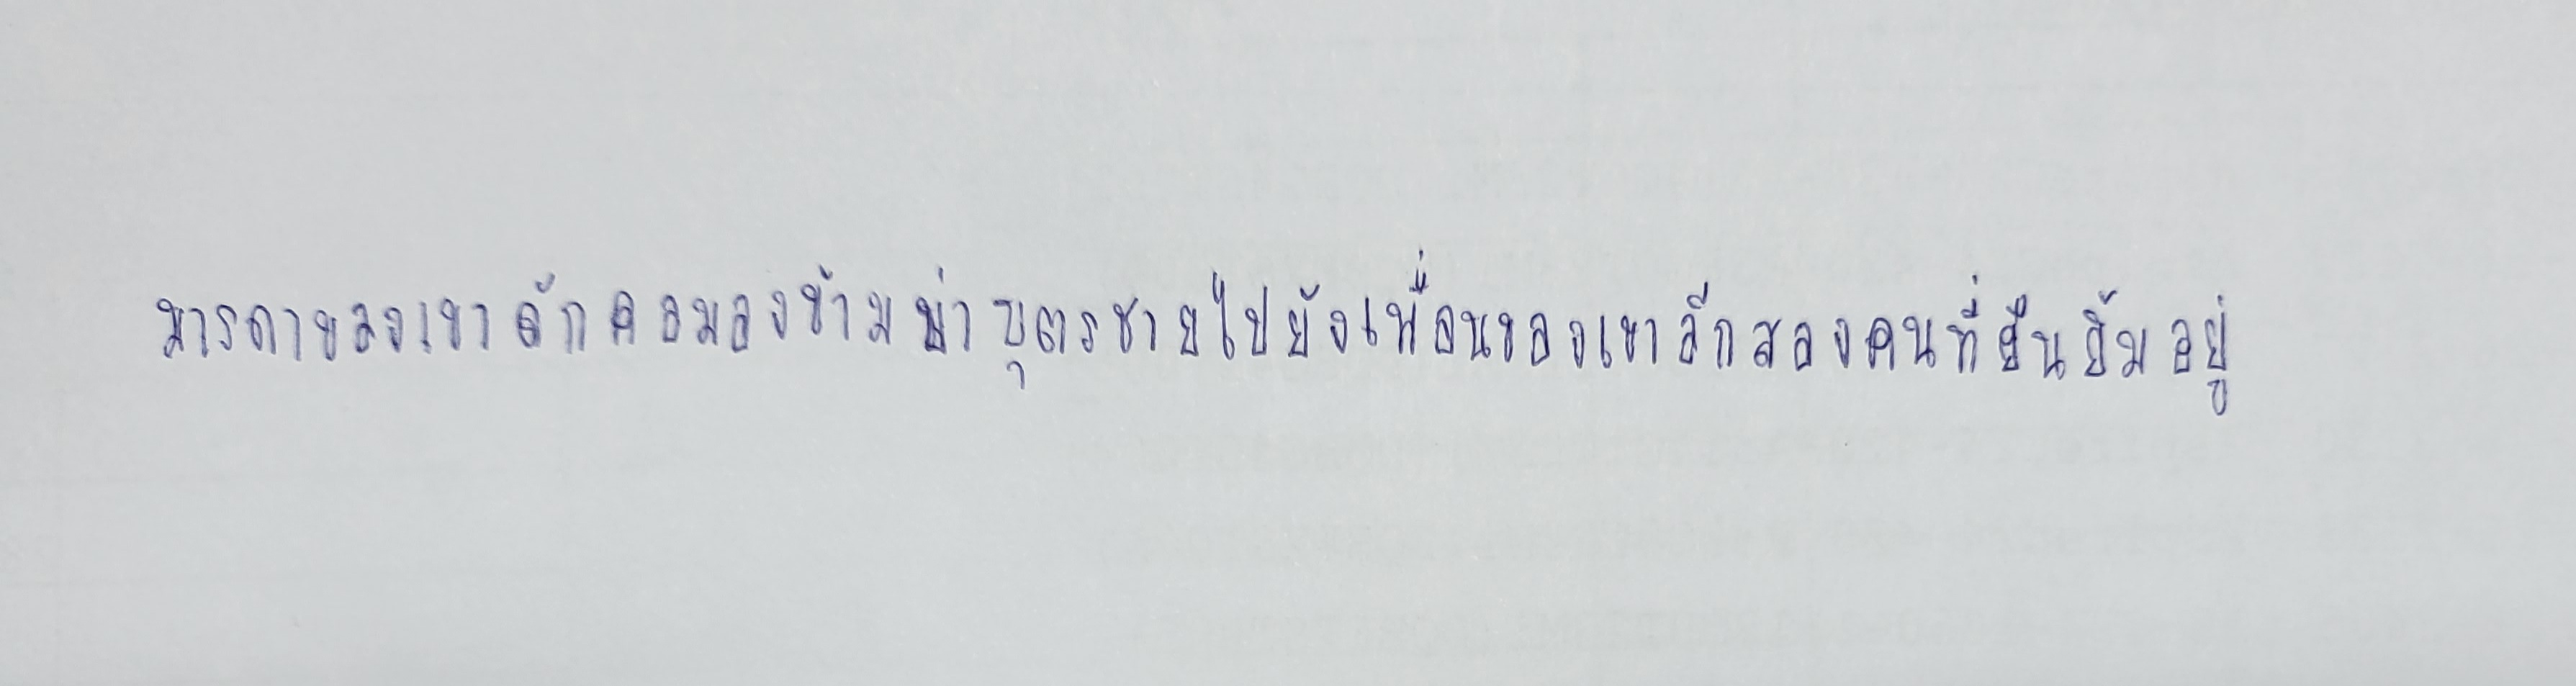
มารดาของเขาดักคอมองข้ามบ่าบุตรชายไปยังเพื่อนของเขาอีกสองคนที่ยืนยิ้มอยู่